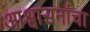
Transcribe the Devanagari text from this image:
आश्वासनांचा